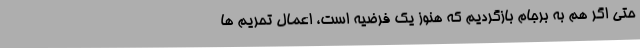
حتی اگر هم به برجام بازگردیم که هنوز یک فرضیه است، اعمال تحریم ها